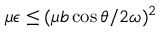
\mu \epsilon \leq ( \mu b \cos \theta / 2 \omega ) ^ { 2 }